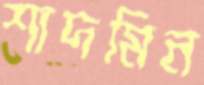
শাদমিন